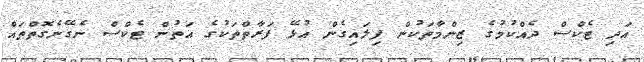
އަދި ޓެކްސް ދެއްކުމުގެ ޒިންމާތަކުން ފިލައިގެން އުޅޭ ފަރާތްތަކުގެ އަތުން ޓެކްސް ނެގޭނެގޮތްތައް